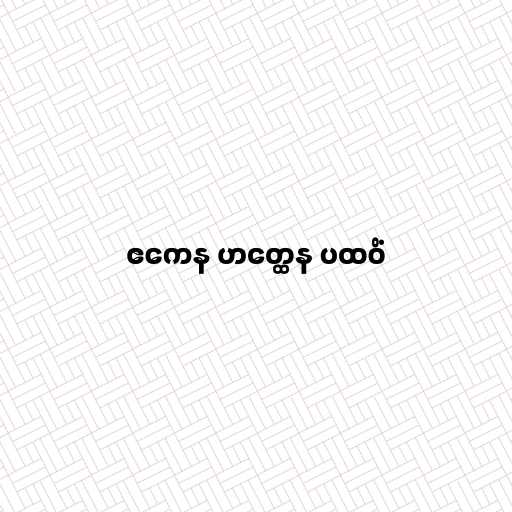
ဧကေန ဟတ္ထေန ပထဝိံ